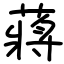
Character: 蔣